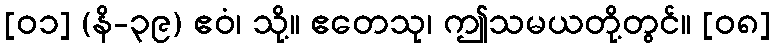
[၀၁] (နိ-၃၉) ဧဝံ၊ သို့။ ဧတေသု၊ ဤသမယတို့တွင်။ [၀၈]